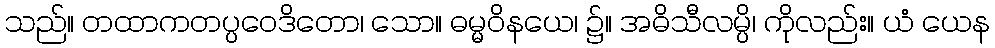
သည်။ တထာကတပ္ပဝေဒိတော၊ သော။ ဓမ္မဝိနယေ၊ ၌။ အဓိသီလမ္ပိ၊ ကိုလည်း။ ယံ ယေန